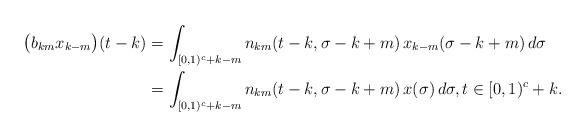
LaTeX: \begin{align*}\bigl(b_{km}x_{k-m}\bigr)(t-k)&=\int_{[0,1)^c+k-m}n_{km}(t-k,\sigma-k+m)\,x_{k-m}(\sigma-k+m)\,d\sigma\\&=\int_{[0,1)^c+k-m}n_{km}(t-k,\sigma-k+m)\,x(\sigma)\,d\sigma,t\in[0,1)^c+k.\end{align*}